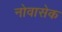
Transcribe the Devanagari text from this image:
नोवासेक